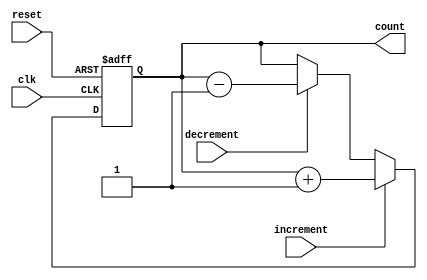
module counter (
    input clk,
    input reset,
    input increment,
    input decrement,
    output reg [7:0] count
);

always @(posedge clk or posedge reset) begin
    if (reset) begin
        count <= 8'b00000000;
    end else if (increment) begin
        count <= count + 1;
    end else if (decrement) begin
        count <= count - 1;
    end
end

endmodule